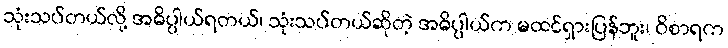
သုံးသပ်တယ်လို့ အဓိပ္ပါယ်ရတယ်၊ သုံးသပ်တယ်ဆိုတဲ့ အဓိပ္ပါယ်က မထင်ရှားပြန်ဘူး၊ ဝိစာရက